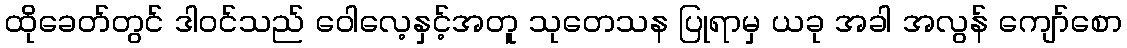
ထိုခေတ်တွင် ဒါဝင်သည် ဝေါလေ့နှင့်အတူ သုတေသန ပြုရာမှ ယခု အခါ အလွန် ကျော်စော